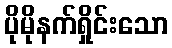
ပိုမိုနက်ရှိုင်းသော